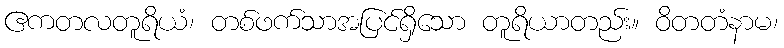
ဧကတလတူရိယံ၊ တစ်ဖက်သာအပြင်ရှိသော တူရိယာတည်း။ ဝိတတံနာမ၊